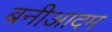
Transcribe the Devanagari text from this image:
बनीआदम